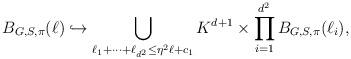
LaTeX: \begin{align*}B_{G,S,\pi}(\ell) \hookrightarrow \bigcup_{\ell_1+\dots+\ell_{d^2}\le \eta^2 \ell+c_1} K^{d+1} \times \prod_{i=1}^{d^2} B_{G,S,\pi}(\ell_i),\end{align*}